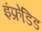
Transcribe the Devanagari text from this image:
इंफ्रेडिड